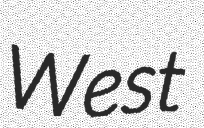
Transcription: West